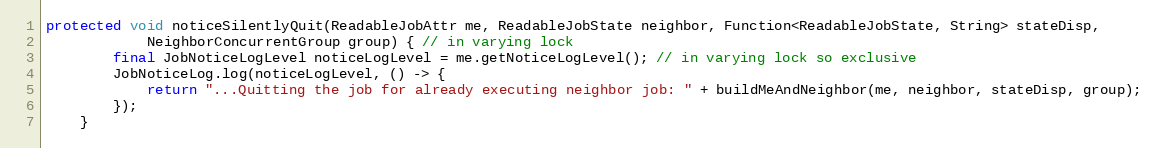
Language: Java
protected void noticeSilentlyQuit(ReadableJobAttr me, ReadableJobState neighbor, Function<ReadableJobState, String> stateDisp,
            NeighborConcurrentGroup group) { // in varying lock
        final JobNoticeLogLevel noticeLogLevel = me.getNoticeLogLevel(); // in varying lock so exclusive
        JobNoticeLog.log(noticeLogLevel, () -> {
            return "...Quitting the job for already executing neighbor job: " + buildMeAndNeighbor(me, neighbor, stateDisp, group);
        });
    }